Civil Veterinary Department Bihar & Orissa reports 1922-29 - 1922-1929
Year: 1922
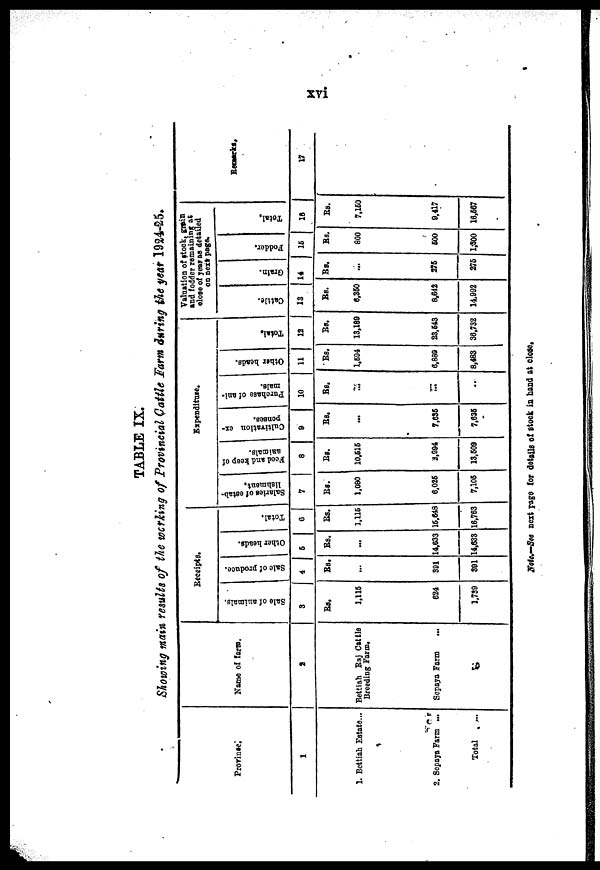
TABLE IX.
Showing main, results of the wcrking of Provincial Cattle Farm during the year 1924-25.
Province,
1
1. Bettiah Estate...
2. Sopaya Farm ...
Total
Name of farm.
2
Bettiah Raj Cattle
Breeding Farm.
Sepaya Farm
Receipts,
Sale of animals.
3
Rs.
1,115
624
1,739
Sale of produce.
4
Rs.
...
301
801
Other heads.
5
Rs.
...
14,633
14,633
Total.
6
Rs.
1,116
15,648
16,763
Expenditure.
Salaries of estab-
lishment.
7
Rs.
1,080
6,026
7,105
Feed and keep of
animals.
8
RS.
10,515
2,994
13,509
Cultivation ex-
penses.
9
RS.
...
7,635
7,635
Purchase of ani-
mals.
10
Rs.
...
...
..
Other heads.
11
Rs.
1,694
6,889
8,483
Total.
12
Rs.
13,189
23,543
36,732
Valuation of stock, gmin
and fodder remaining at
olose of year as detailed
on next page.
Cattle.
13
Rs.
6,350
8,642
14,992
Grain.
14
Rs.
...
275
275
Foddor.
15
Rs.
800
500
1,300
Total.
16
Rs.
7,160
9,417
16,667
Remarks.
17
Vote-Sec next page for details of stock in band at close.